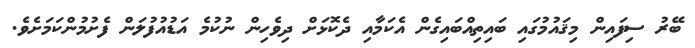
ބޭރު ސިފައިން މިޤައުމުގައި ބައިތިއްބައިގެން އެކަމާއި ދެކޮޅަށް ދިވެހިން ނުކުމެ އަޑުއުފުލަން ފެށުމުންކަމަށެވެ.